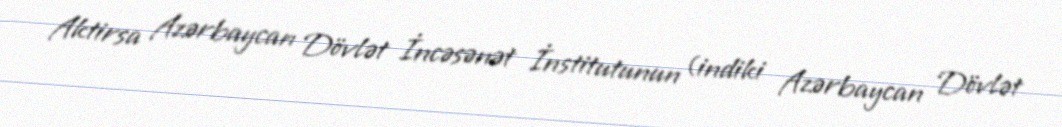
Aktirsa Azərbaycan Dövlət İncəsənət İnstitutunun (indiki Azərbaycan Dövlət